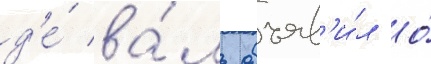
д'е́ ва́ль объяв'и́л о́